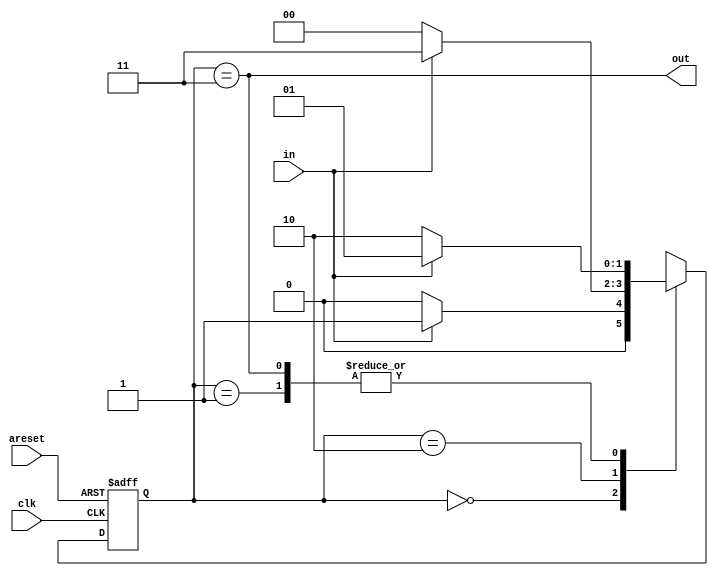
module top_module(
    input clk,
    input in,
    input areset,
    output out); //

    parameter A=2'b0, B=2'b01, C=2'b10, D=2'b11;
    reg [1:0] next_state,state;
    always @(*)begin
        case(state)
            A: next_state = in ? B : A;
            B: next_state = in ? B : C;
            C: next_state = in ? D : A;
            D: next_state = in ? B : C;
        endcase
    end

    always @(posedge clk or posedge areset)begin
        if (areset) state <= A;
        else state <= next_state;
    end

    assign out = (state==D);
endmodule